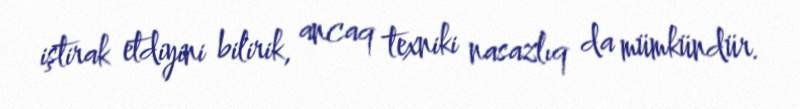
iştirak etdiyini bilirik, ancaq texniki nasazlıq da mümkündür.